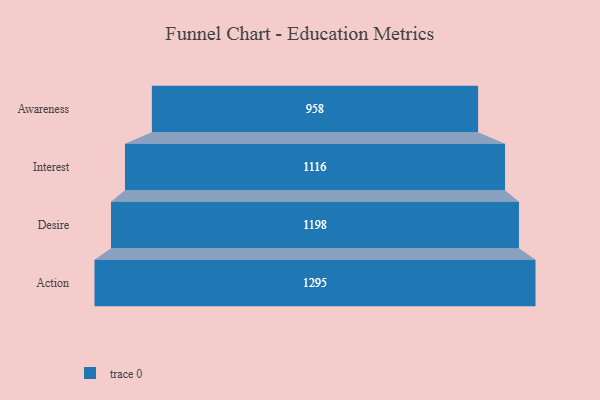
{"axis": {"x": "Stage", "y": "Value"}, "legend": [""], "data": [{"x": "Awareness", "y": 958.0, "type": ""}, {"x": "Interest", "y": 1116.0, "type": ""}, {"x": "Desire", "y": 1198.0, "type": ""}, {"x": "Action", "y": 1295.0, "type": ""}]}